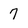
Character: 7